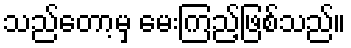
သည်တော့မှ မေးကြည့်ဖြစ်သည်။